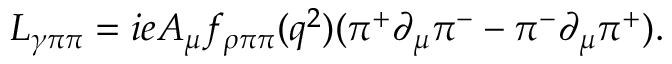
{ \cal L } _ { \gamma \pi \pi } = i e A _ { \mu } f _ { \rho \pi \pi } ( q ^ { 2 } ) ( \pi ^ { + } \partial _ { \mu } \pi ^ { - } - \pi ^ { - } \partial _ { \mu } \pi ^ { + } ) .